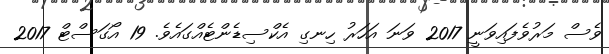
ވެސް މަރުވެފައިވަނީ 2017 ވަނަ އަހަރު ހިނގި އެކްސިޑެންޓެއްގައެވެ. 19 އޯގަސްޓް 2017